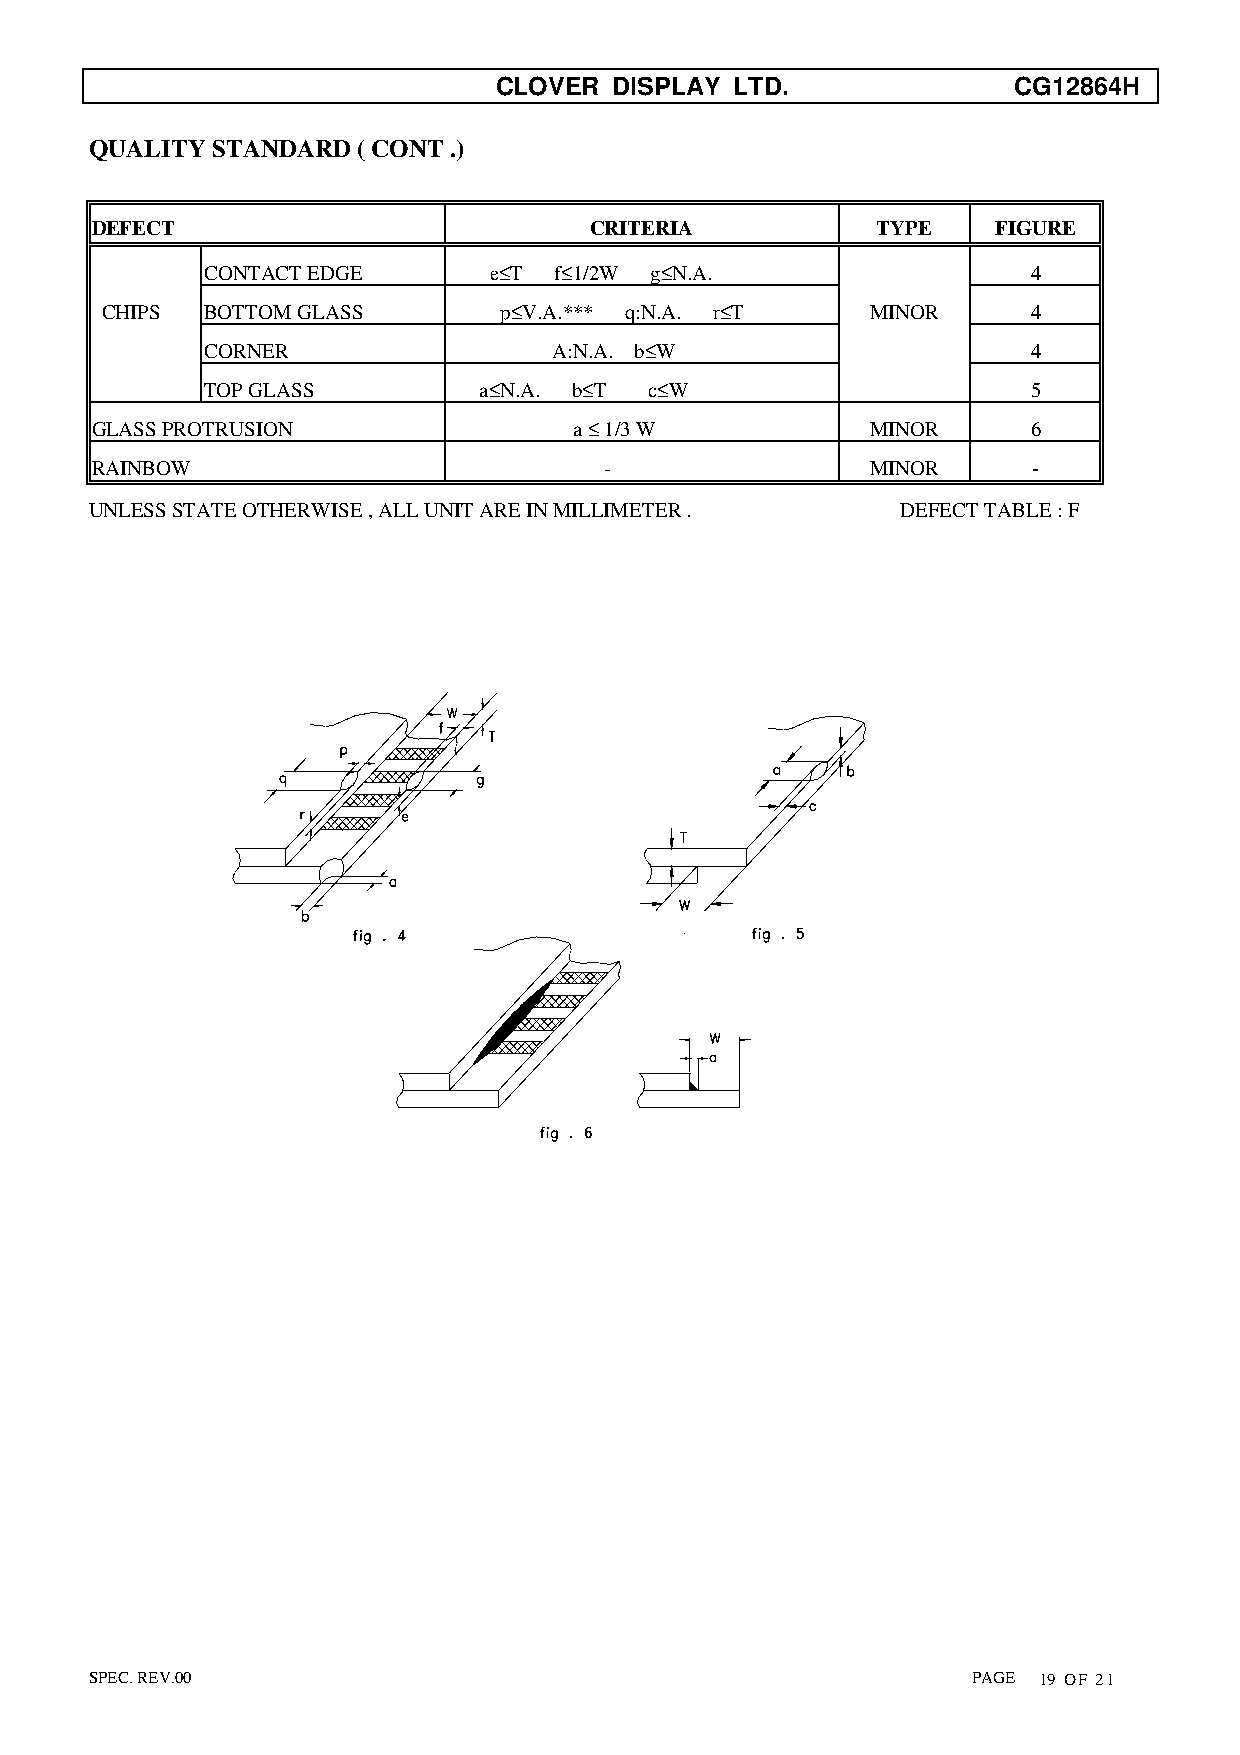
CLOVER  DISPLAY LTD.              CG12864H
 QUALITY STANDARD  ( CONT .)
 DEFECT                           CRITERIA           TYPE    FIGURE
 CONTACT EDGE      e≤T  f≤1/2W g≤N.A.                  4
 CHIPS  BOTTOM GLASS       p≤V.A.*** q:N.A. r≤T     MINOR     4
 CORNER                 A:N.A. b≤W                     4
 TOP GLASS         a≤N.A. b≤T c≤W                      5
 GLASS PROTRUSION                a ≤ 1/3 W           MINOR     6
 RAINBOW                           -                 MINOR     -
 UNLESS STATE OTHERWISE , ALL UNIT ARE IN MILLIMETER . DEFECT TABLE : F
 SPEC. REV.00                                              PAGE 19 OF 21